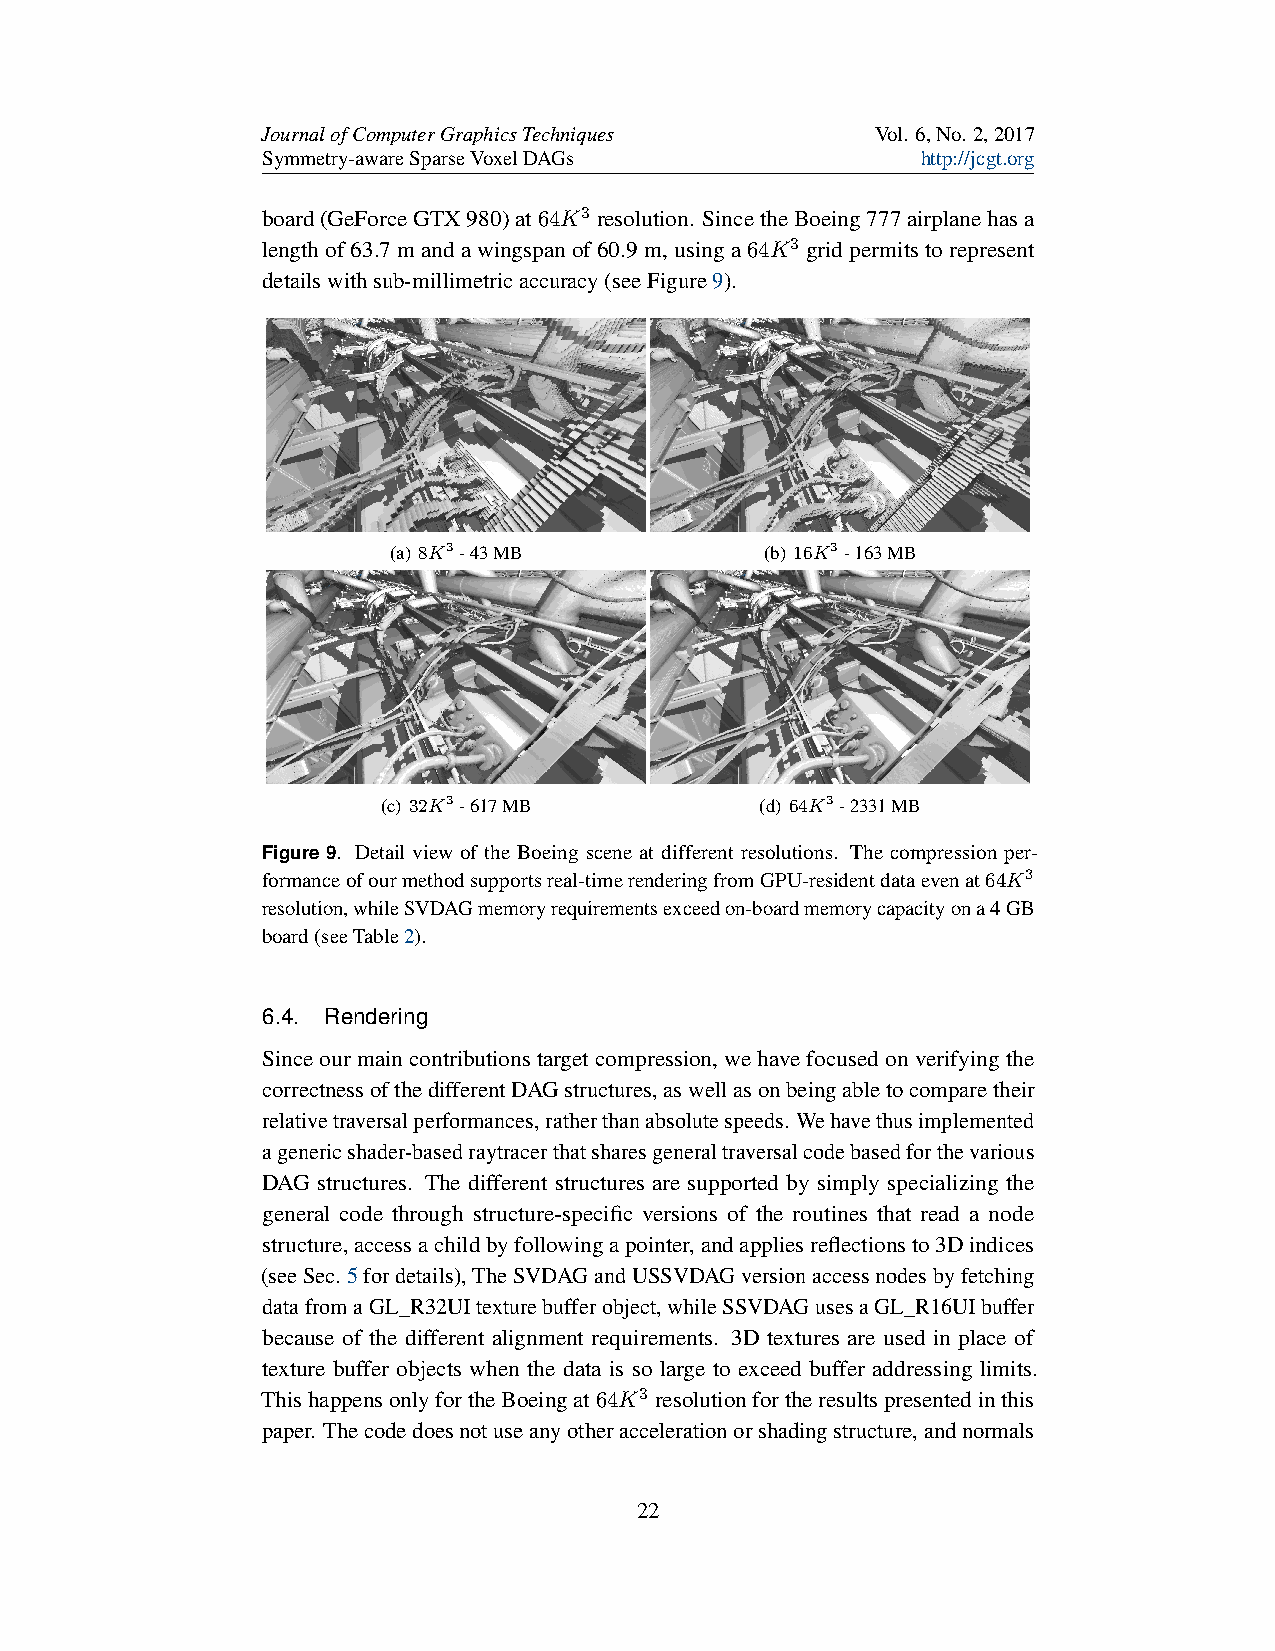
JournalofComputerGraphicsTechniques      Vol. 6,No. 2,2017
 Symmetry-awareSparseVoxelDAGs               http://jcgt.org
 board(GeForceGTX980)at64K3 resolution. SincetheBoeing777airplanehasa
 lengthof63.7mandawingspanof60.9m,usinga64K3 gridpermitstorepresent
 detailswithsub-millimetricaccuracy(seeFigure9).
 (a) 8K3-43MB             (b) 16K3-163MB
 (c) 32K3-617MB           (d) 64K3-2331MB
 Figure 9. Detail view of the Boeing scene at different resolutions. The compression per-
 formanceofourmethodsupportsreal-timerenderingfromGPU-residentdataevenat64K3
 resolution,whileSVDAGmemoryrequirementsexceedon-boardmemorycapacityona4GB
 board(seeTable2).
 6.4. Rendering
 Sinceourmaincontributionstargetcompression, wehavefocusedonverifyingthe
 correctnessofthedifferentDAGstructures,aswellasonbeingabletocomparetheir
 relativetraversalperformances,ratherthanabsolutespeeds. Wehavethusimplemented
 agenericshader-basedraytracerthatsharesgeneraltraversalcodebasedforthevarious
 DAG structures. The different structures are supported by simply specializing the
 general code through structure-specific versions of the routines that read a node
 structure,accessachildbyfollowingapointer,andappliesreflectionsto3Dindices
 (seeSec.5fordetails),TheSVDAGandUSSVDAGversionaccessnodesbyfetching
 datafromaGL_R32UItexturebufferobject,whileSSVDAGusesaGL_R16UIbuffer
 because of the different alignment requirements. 3D textures are used in place of
 texture buffer objects when the data is so large to exceed buffer addressing limits.
 ThishappensonlyfortheBoeingat64K3 resolutionfortheresultspresentedinthis
 paper. Thecodedoesnotuseanyotheraccelerationorshadingstructure,andnormals
 22